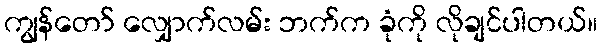
ကျွန်တော် လျှောက်လမ်း ဘက်က ခုံကို လိုချင်ပါတယ်။